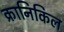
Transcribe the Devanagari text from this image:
क्रानिकिल